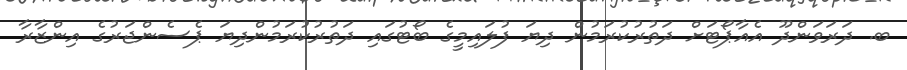
ބ. ދަރަވަންދޫ އެއާޕޯޓަށް ދަތުރުކުރަމުން ދިޔަ ފުލައިމީގެ ބޯޓުގައި ދަތުރުކުރަމުންދިޔަ ޕެސެންޖަރުގެ އިންޒާރާ